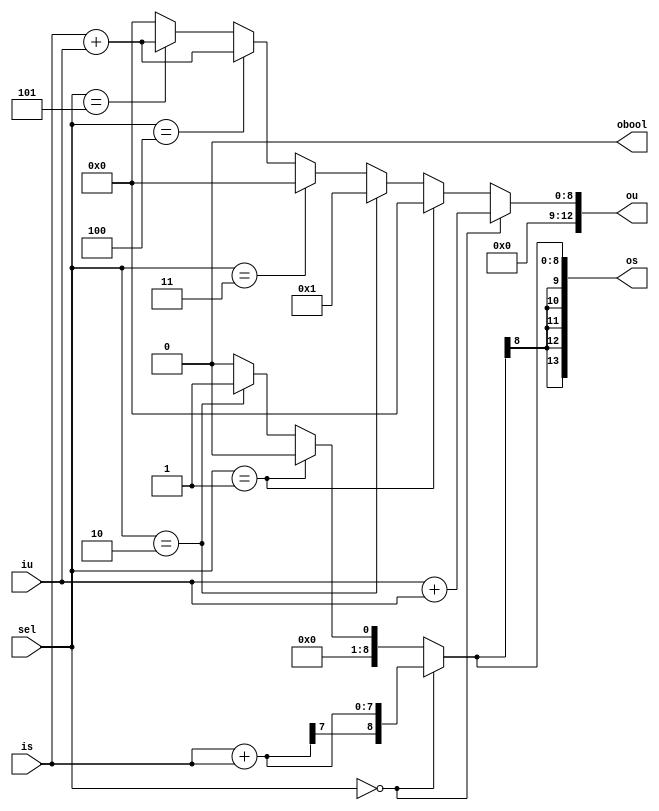
module Ops(
  input  [3:0]  sel,
  input  [7:0]  is,
  input  [7:0]  iu,
  output [13:0] os,
  output [12:0] ou,
  output        obool
);
  wire [1:0] _GEN_1 = sel == 4'h4 ? 2'h2 : 2'h0;
  wire [1:0] _GEN_2 = sel == 4'h5 ? 2'h2 : _GEN_1;
  wire [1:0] _GEN_3 = sel == 4'h4 ? 2'h0 : _GEN_2;
  wire [1:0] _GEN_4 = sel == 4'h5 ? 2'h2 : _GEN_3;
  wire [8:0] _GEN_5 = sel == 4'h4 ? 9'h0 : {{7'd0}, _GEN_4};
  wire [8:0] _GEN_6 = sel == 4'h5 ? is + iu : _GEN_5;
  wire [8:0] _GEN_7 = sel == 4'h4 ? is + iu : _GEN_6;
  wire [8:0] _GEN_9 = sel == 4'h3 ? 9'h0 : _GEN_7;
  wire [8:0] _GEN_10 = sel == 4'h2 ? $signed(9'sh1) : $signed(9'sh0);
  wire [8:0] _GEN_11 = sel == 4'h2 ? 9'h1 : _GEN_9;
  wire [8:0] _GEN_12 = sel == 4'h1 ? $signed(9'sh0) : $signed(_GEN_10);
  wire [8:0] _GEN_13 = sel == 4'h1 ? 9'h0 : _GEN_11;
  wire [8:0] _GEN_14 = sel == 4'h0 ? $signed($signed(is) + $signed(is)) : $signed(_GEN_12);
  wire [8:0] _GEN_15 = sel == 4'h0 ? iu + iu : _GEN_13;
  assign os = {{5{_GEN_14[8]}},_GEN_14};
  assign ou = {{4'd0}, _GEN_15};
  assign obool = 1'h0;
endmodule